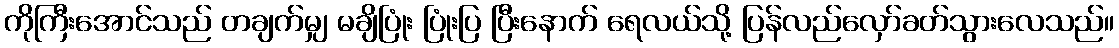
ကိုကြီးအောင်သည် တချက်မျှ မချိပြုံး ပြုံးပြ ပြီးနောက် ရေလယ်သို့ ပြန်လည်လှော်ခတ်သွားလေသည်။